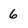
Character: 6